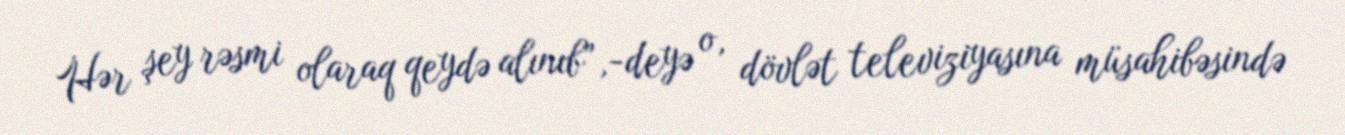
Hər şey rəsmi olaraq qeydə alınıb”,-deyə o, dövlət televiziyasına müsahibəsində